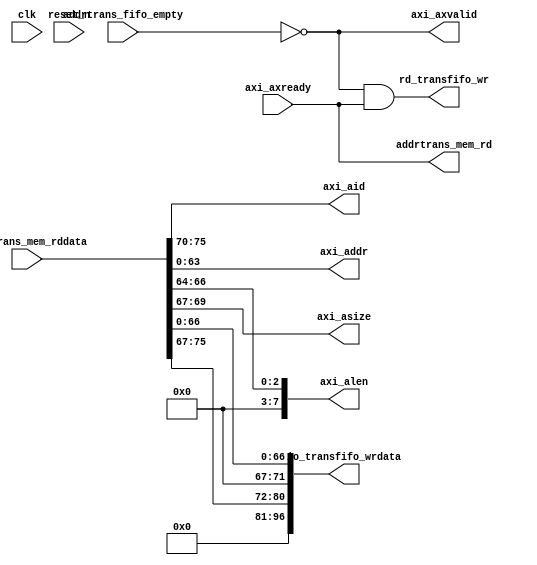
module axi_wr(
input clk,
input reset_n,
input [96:0]addrtrans_mem_rddata,
input addrtrans_fifo_empty,
input axi_axready,
output addrtrans_mem_rd,
output [5:0] axi_aid,
output [63:0] axi_addr,
output [7:0] axi_alen,
output [2:0] axi_asize,
output axi_axvalid,
output rd_transfifo_wr,
output [96:0]io_transfifo_wrdata
);

assign addrtrans_mem_rd = axi_axready;
assign axi_addr = addrtrans_mem_rddata[63:0];
assign axi_axvalid = !addrtrans_fifo_empty;
assign rd_transfifo_wr = axi_axvalid & axi_axready;
assign io_transfifo_wrdata = {axi_aid,axi_asize,axi_alen,axi_addr};
assign axi_alen = addrtrans_mem_rddata[66 : 64];
assign axi_asize = addrtrans_mem_rddata[69 : 67];
assign axi_aid = addrtrans_mem_rddata[ 77 :70 ];

endmodule